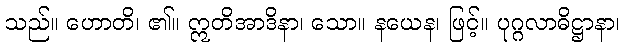
သည်။ ဟောတိ၊ ၏။ ဣတိအာဒိနာ၊ သော။ နယေန၊ ဖြင့်။ ပုဂ္ဂလာဓိဋ္ဌာနာ၊